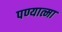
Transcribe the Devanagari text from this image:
पण्यात्मा